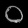
Digit: ၀